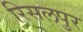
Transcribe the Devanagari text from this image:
रिसलपुर